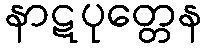
နာဋပုတ္တေန